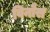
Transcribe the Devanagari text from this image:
विनौस